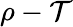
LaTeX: \rho-\mathcal{T}